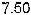
7.50